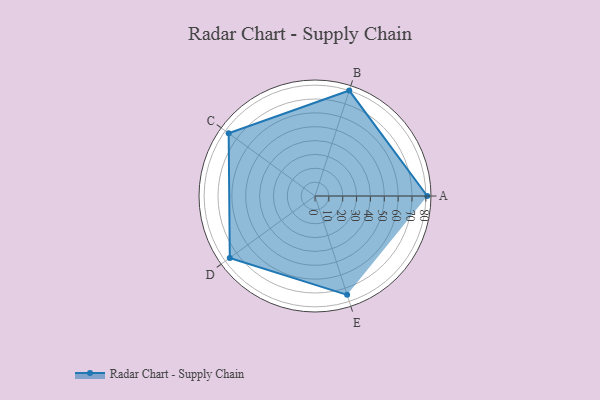
{"axis": {"x": "Skill", "y": "Score"}, "legend": ["Profile"], "data": [{"x": "A", "y": 81.0, "type": "Profile"}, {"x": "B", "y": 80.0, "type": "Profile"}, {"x": "C", "y": 77.0, "type": "Profile"}, {"x": "D", "y": 76.0, "type": "Profile"}, {"x": "E", "y": 75.0, "type": "Profile"}]}